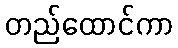
တည်ထောင်ကာ